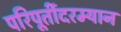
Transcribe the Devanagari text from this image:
परिपूर्तीदरम्यान